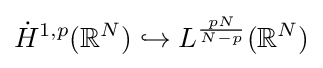
{\dot {H}}^{1,p}(\mathbb {R} ^{N})\hookrightarrow L^{\frac {pN}{N-p}}(\mathbb {R} ^{N})